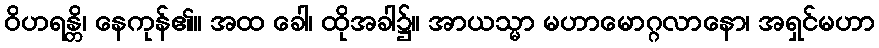
ဝိဟရန္တိ၊ နေကုန်၏။ အထ ခေါ၊ ထိုအခါ၌။ အာယသ္မာ မဟာမောဂ္ဂလာနော၊ အရှင်မဟာ